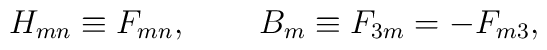
H_{mn} \equiv F_{mn}, \, \quad\quad  B_{m}\equiv F_{3m} = -F_{m3},\,